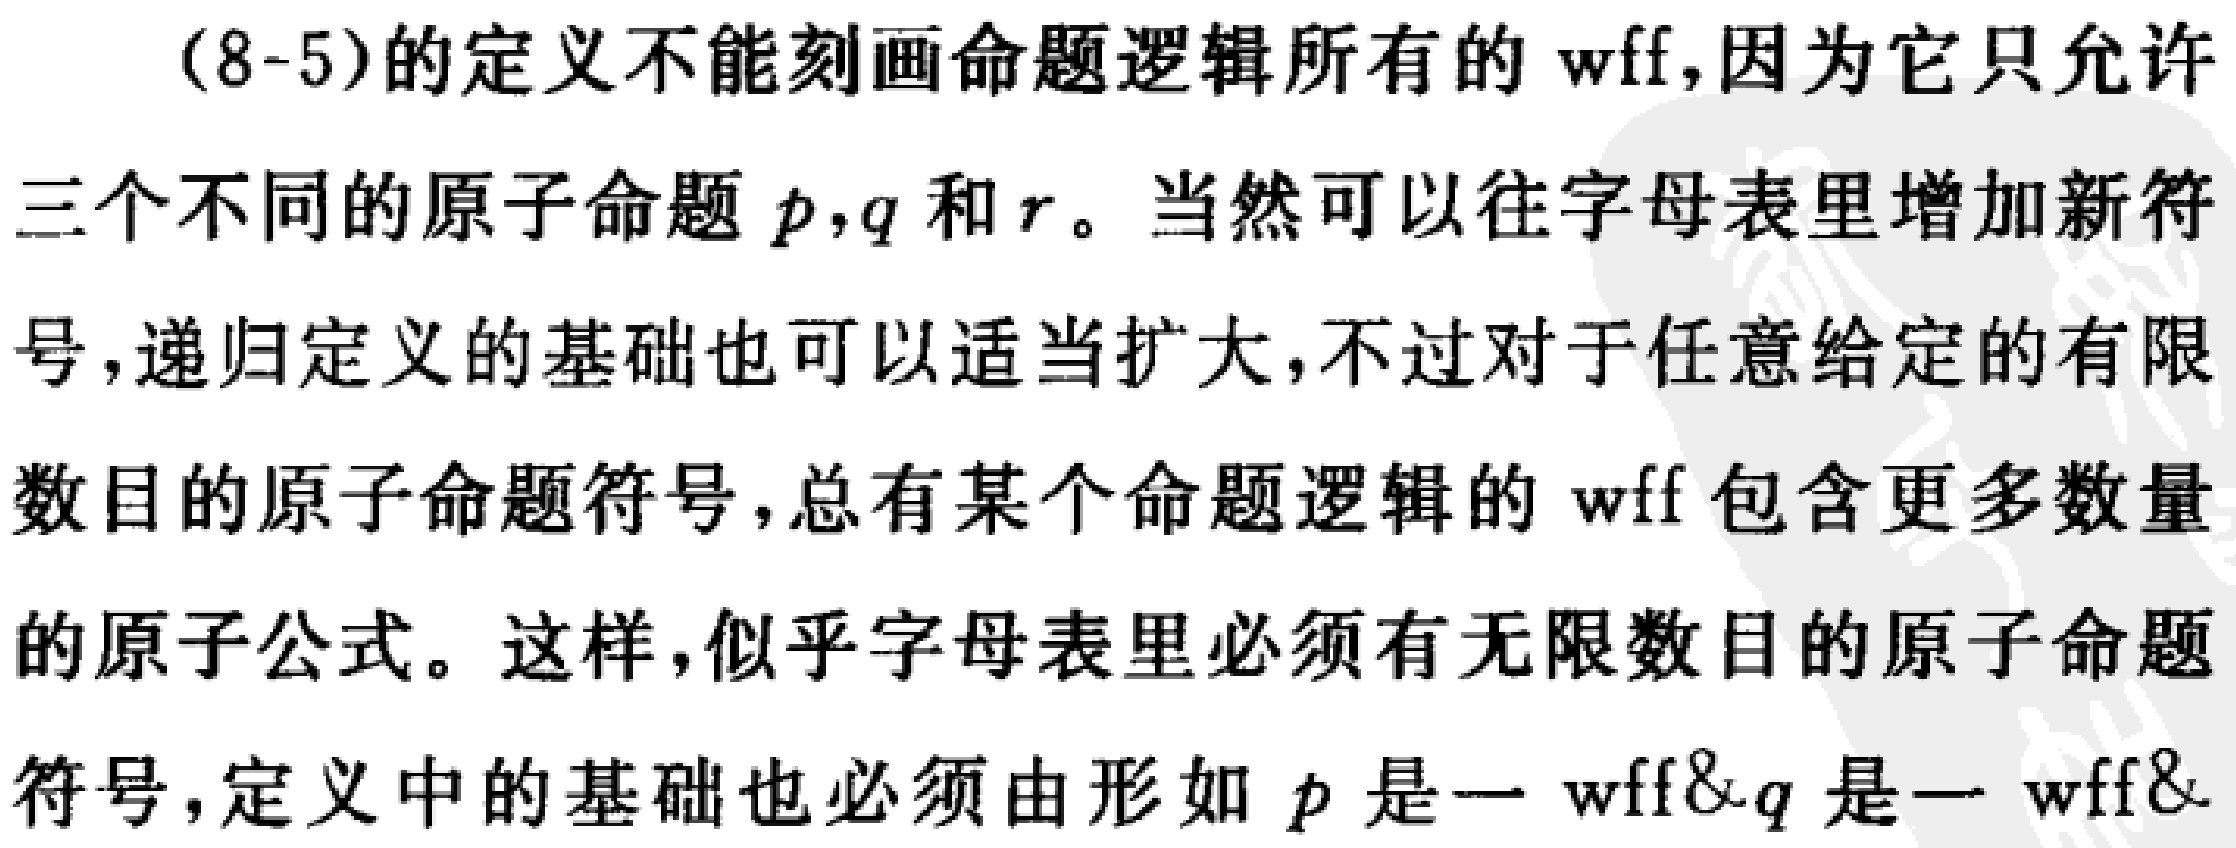
(8-5)的定义不能刻画命题逻辑所有的wff,因为它只允许

三个不同的原子命题\(p,q\)和\(r\)。当然可以往字母表里增加新符

号,递归定义的基础也可以适当扩大,不过对于任意给定的有限

数目的原子命题符号,总有某个命题逻辑的wff包含更多数量

的原子公式。这样,似乎字母表里必须有无限数目的原子命题

符号,定义中的基础也必须由形如\(p\)是一wff\(&q\)是一wff\(&\)